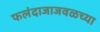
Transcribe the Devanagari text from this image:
फलंदाजाजवळच्या